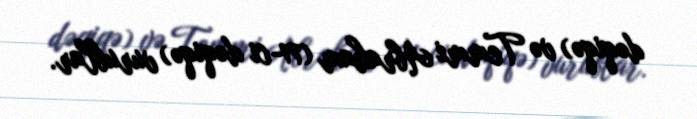
dəqiqə) və Temmi Abraham (71-ci dəqiqə) vurublar.